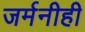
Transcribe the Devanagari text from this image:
जर्मनीही